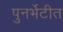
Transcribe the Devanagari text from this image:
पुनर्भेटीत